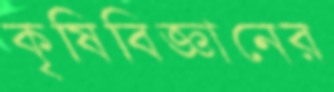
কৃষিবিজ্ঞানের